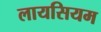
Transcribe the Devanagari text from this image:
लायसियम